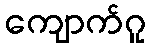
ကျောက်ဂူ